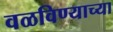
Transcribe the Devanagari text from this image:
वळविण्याच्या